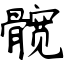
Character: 髋